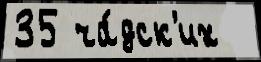
35 ча́дск'их